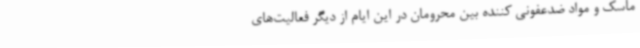
ماسک و مواد ضدعفونی کننده بین محرومان در این ایام از دیگر فعالیت‌های